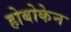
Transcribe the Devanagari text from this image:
होबोकेन